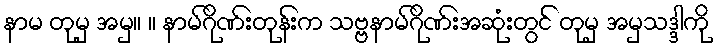
နာမ တုမှ အမှ။ ။ နာမ်ဂိုဏ်းတုန်းက သဗ္ဗနာမ်ဂိုဏ်းအဆုံးတွင် တုမှ အမှသဒ္ဒါကို